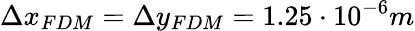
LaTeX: \Delta x_{FDM}=\Delta y_{FDM}=1.25\cdot 10^{-6}m